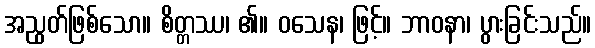
အညွတ်ဖြစ်သော။ စိတ္တဿ၊ ၏။ ဝသေန၊ ဖြင့်။ ဘာဝနာ၊ ပွားခြင်းသည်။